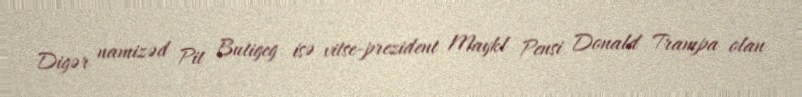
Digər namizəd Pit Butigeg isə vitse-prezident Maykl Pensi Donald Trampa olan